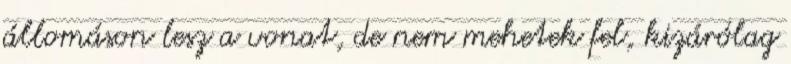
állomáson lesz a vonat, de nem mehetek fel, kizárólag